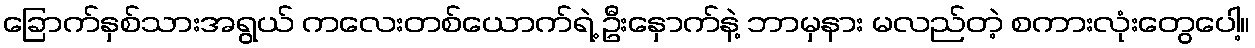
ခြောက်နှစ်သားအရွယ် ကလေးတစ်ယောက်ရဲ့ ဦးနှောက်နဲ့ ဘာမှနား မလည်တဲ့ စကားလုံးတွေပေါ့။